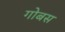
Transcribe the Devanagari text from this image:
गोबस